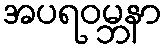
အပရဝမ္ဘနာ